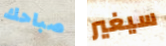
صباحك سيغير